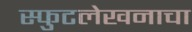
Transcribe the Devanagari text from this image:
स्फुटलेखनाचा